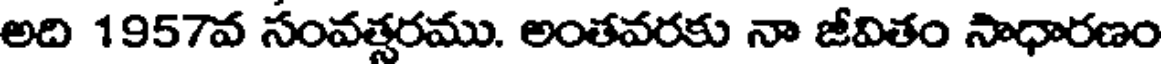
అది 1957వ సంవత్సరము. అంతవరకు నా జీవితం సాధారణం